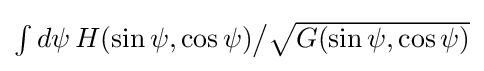
{\textstyle \int d\psi \,H(\sin \psi ,\cos \psi ){\big /}{\sqrt {G(\sin \psi ,\cos \psi )}}}